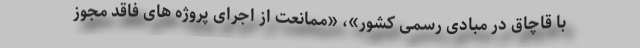
با قاچاق در مبادی رسمی کشور»، «ممانعت از اجرای پروژه های فاقد مجوز